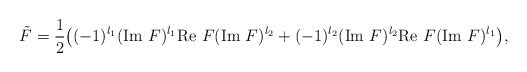
\begin{align*}\tilde{F}=\frac{1}{2}\big((-1)^{l_1}(\textrm{Im }F)^{l_1}\textrm{Re }F(\textrm{Im }F)^{l_2}+(-1)^{l_2}(\textrm{Im }F)^{l_2}\textrm{Re }F(\textrm{Im }F)^{l_1}\big),\end{align*}